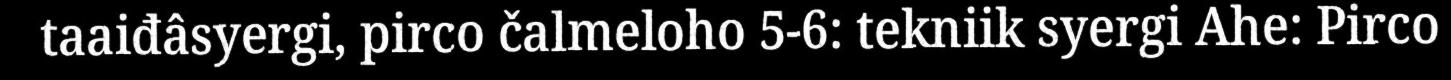
taaiđâsyergi, pirco čalmeloho 5-6: tekniik syergi Ahe: Pirco